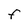
Character: F